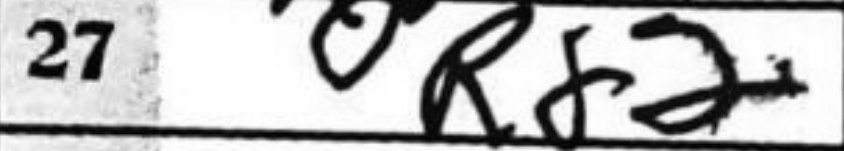
Transcription: Rf2